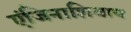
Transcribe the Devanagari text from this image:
एंजिनाशिवाय